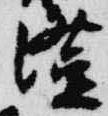
澄